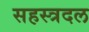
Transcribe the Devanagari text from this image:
सहस्त्रदल